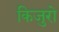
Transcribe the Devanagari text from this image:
किजुरो